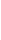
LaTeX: \! \! \! \! \! \! \! \! \! \! \! \! \! \! \! \! \! \! \! \! \! \! \! \! \! \! \! \! \! \! \! \! \! \! \! \sum\! \! \! \! \! \! \! \! \! \! \! \! _{i\! \! \! \! \! \! \! \! \! \! \! \! =\! \! \! \! \! \! \! \! \! \! \! \! 1}\! \! \! \! \! \! \! \! \! \! \! \! ^{n}\! \! \! \! \! \! \! \! \! \! \! \! \sum\! \! \! \! \! \! \! \! \! \! \! \! _{j\! \! \! \! \! \! \! \! \! \! \! \! =\! \! \! \! \! \! \! \! \! \! \! \! 1}\! \! \! \! \! \! \! \! \! \! \! \! ^{m\! \! \! \! \! \! \! \! \! \! \! \! _{i}}\! \! \! \! \! \! \! \! \! \! \! \! I\! \! \! \! \! \! \! \! \! \! \! \! _{p\! \! \! \! \! \! \! \! \! \! \! \! _{i}\! \! \! \! \! \! \! \! \! \! \! \! ^{j}}\! \! \! \! \! \! \! \! \! \! \! \! (\! \! \! \! \! \! \! \! \! \! \! \! \ensuremath{\! \! \! \! \! \! \! \! \! \! \! \! \mathcal{X}}\! \! \! \! \! \! \! \! \! \! \! \! )\! \! \! \! \! \! \! \! \! \! \! \! =\! \! \! \! \! \! \! \! \! \! \! \! \chi\! \! \! \! \! \! \! \! \! \! \! \! (M\! \! \! \! \! \! \! \! \! \! \! \! )\! \! \! \! \! \! \! \! \! \! \! \! .\! \! \! \! \! \! \! \! \! \! \! \! \! \! \! \! \! \! \! \! \! \! \!